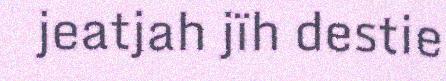
jeatjah jïh destie